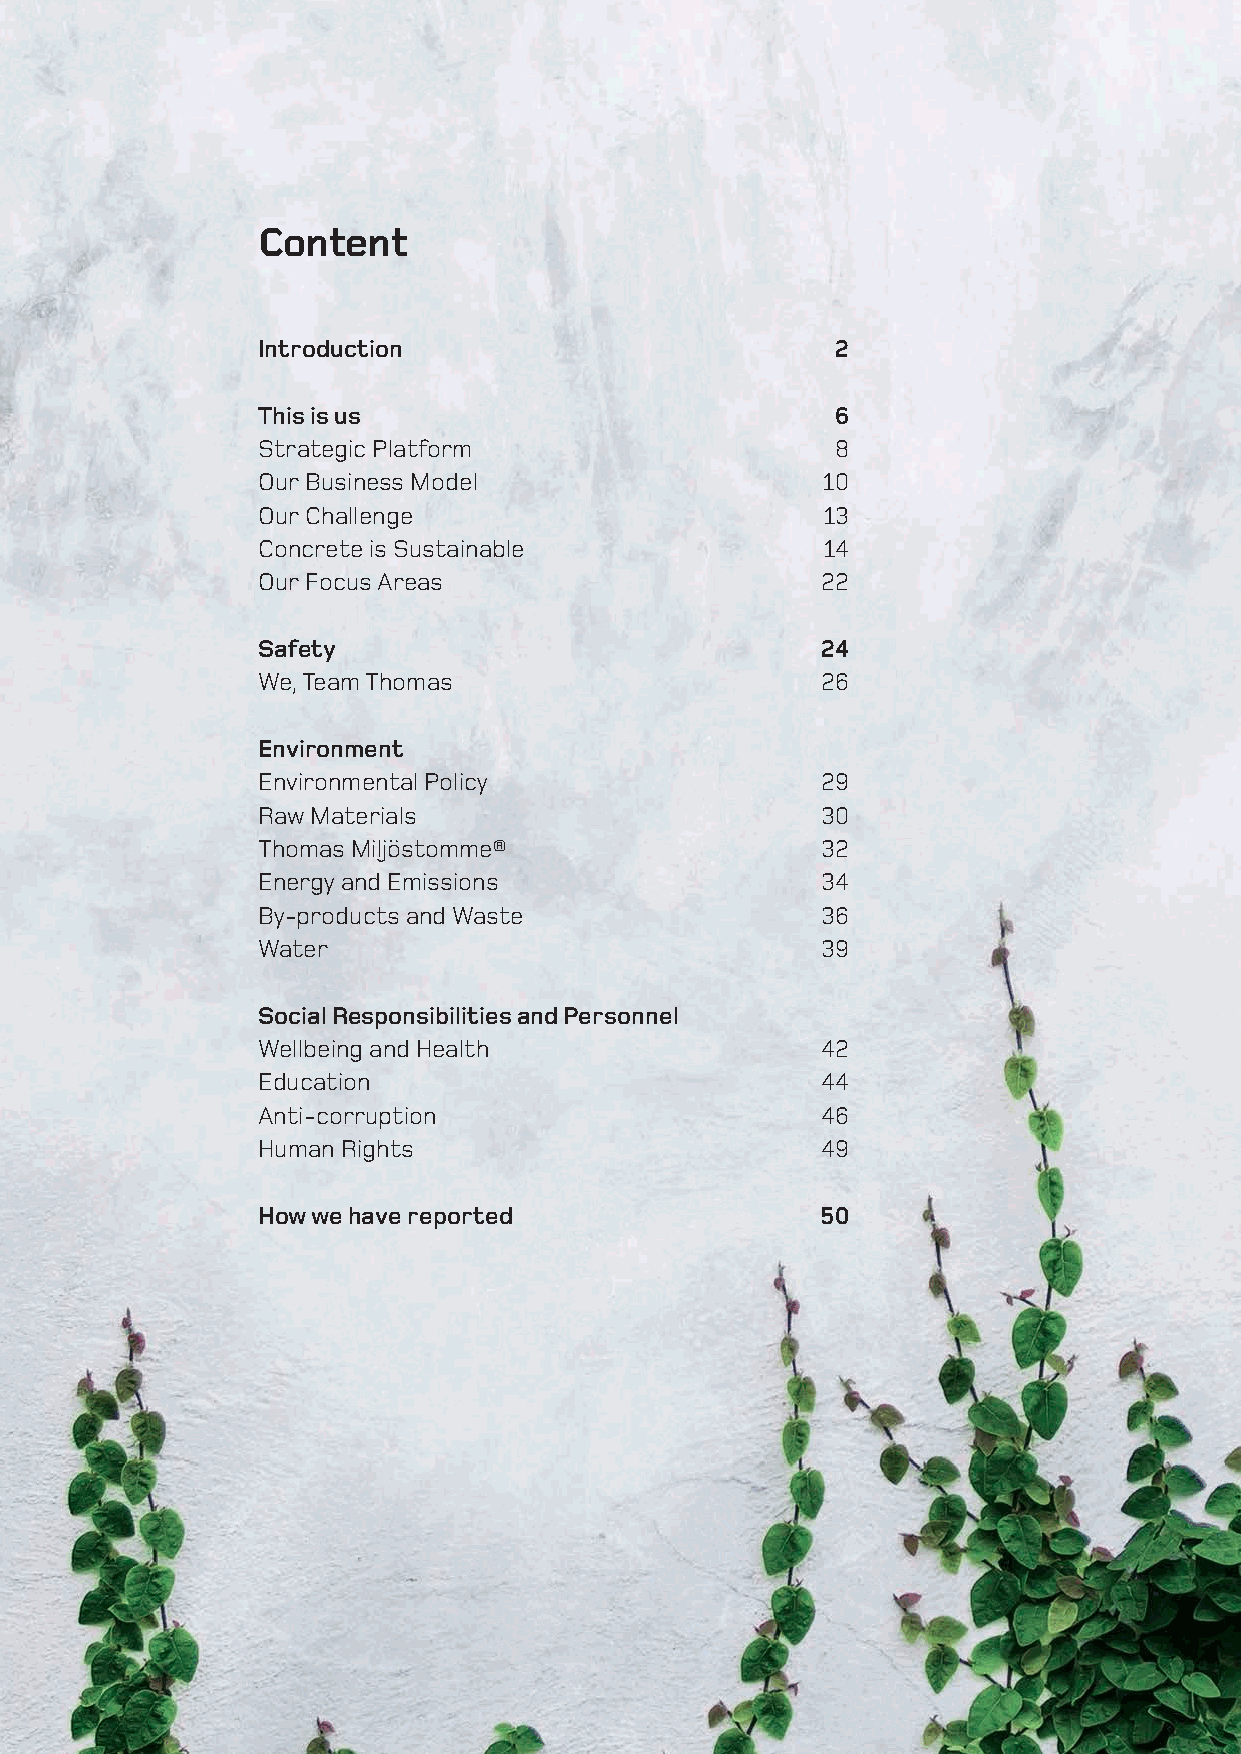
Content
 Introduction                          2
 This is us                            6
 Strategic Platform                    8
 Our Business Model                   10
 Our Challenge                         13
 Concrete is Sustainable               14
 Our Focus Areas                      22
 Safety                               24
 We, Team Thomas                      26
 Environment
 Environmental Policy                 29
 Raw Materials                        30
 Thomas Miljöstomme®                  32
 Energy and Emissions                 34
 By-products and Waste                36
 Water                                39
 Social Responsibilities and Personnel
 Wellbeing and Health                 42
 Education                            44
 Anti-corruption                      46
 Human Rights                         49
 How we have reported                 50
 4